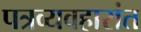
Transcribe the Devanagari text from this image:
पत्रव्यवहारांत